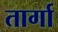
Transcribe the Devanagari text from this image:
तार्गा